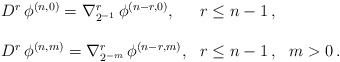
\begin{align*} \begin{array}{lll}D^r \, \phi^{(n,0)}= \nabla_{2^{-1}}^r \, \phi^{(n-r,0)}, & r\le n-1\,, \\ \\D^r \, \phi^{(n,m)}= \nabla_{2^{-m}}^r \, \phi^{(n-r,m)},& r\le n-1\,, &m>0\,.\end{array}\end{align*}